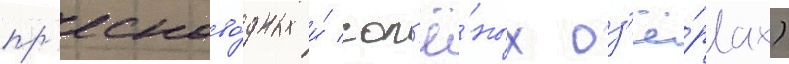
пр'есново́дных и́ сол'ё́ных оз'ё́рах)